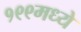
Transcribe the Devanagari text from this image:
१९९मध्ये